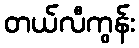
တယ်လီကွန်း